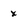
Character: x